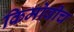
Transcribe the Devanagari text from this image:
किमोवीच